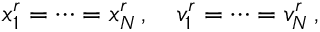
x _ { 1 } ^ { r } = \cdots = x _ { N } ^ { r } \, , \quad v _ { 1 } ^ { r } = \cdots = v _ { N } ^ { r } \, ,